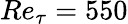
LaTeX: Re_{\tau}=550